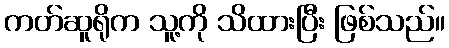
ကတ်ဆူရိုက သူ့ကို သိထားပြီး ဖြစ်သည်။